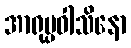
အာရုပ္ပဝါသိနော